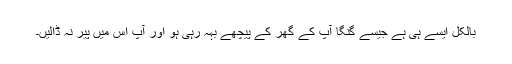
بالکل ایسے ہی ہے جیسے گنگا آپ کے گھر کے پیچھے بہہ رہی ہو اور آپ اس میں پیر نہ ڈالیں۔